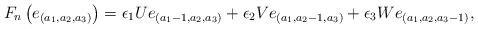
LaTeX: \begin{align*}F_n \left( e_{(a_1,a_2,a_3)} \right) = \epsilon_1 Ue_{(a_1-1,a_2,a_3)}+\epsilon_2 Ve_{(a_1,a_2-1,a_3)}+\epsilon_3 We_{(a_1,a_2,a_3-1)},\end{align*}